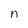
Character: n